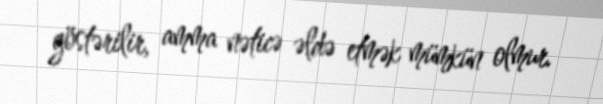
göstərilir, amma nəticə əldə etmək mümkün olmur.